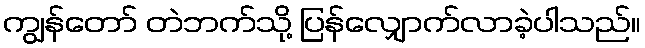
ကျွန်တော် တဲဘက်သို့ ပြန်လျှောက်လာခဲ့ပါသည်။